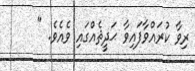
ރިވާ ކުރައްވާފައިވާ ޙަދީޘެއްގައި ވެއެވެ. "